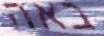
באה